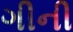
ગીની